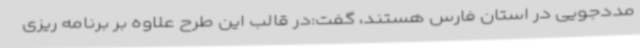
مددجویی در استان فارس هستند، گفت:در قالب این طرح علاوه بر برنامه ریزی